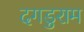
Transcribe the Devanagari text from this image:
दगडुराम